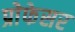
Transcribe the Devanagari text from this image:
प्रोेफेसर